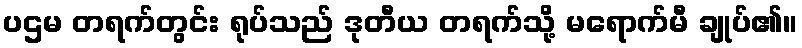
ပဌမ တရက်တွင်း ရုပ်သည် ဒုတီယ တရက်သို့ မရောက်မီ ချုပ်၏။